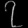
Digit: ၇